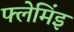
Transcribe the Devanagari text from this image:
फ्लेमिंइ